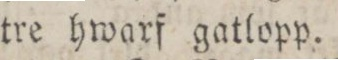
tre hwarf gatlopp.